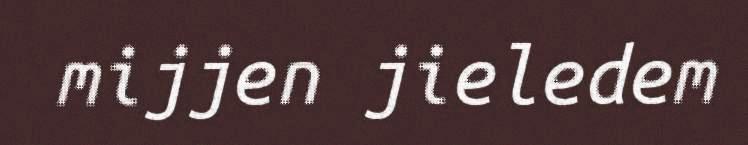
mijjen jieledem